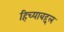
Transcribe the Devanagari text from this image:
हिच्याबद्दल